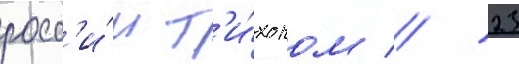
росс'и́и т'и́хоном // 23